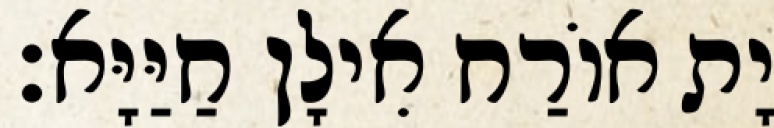
יָת אוֹרַח אִילָן חַיַּיָּא׃